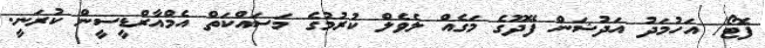
ފޮޓޯ/ އަހުމަދު އަދުޝަން ފޭދޫގެ މަގެއް ލެވެލް ކުރުމުގެ މަސައްކަތް އެމްއާރްޑީސީން ކުރަނީ.